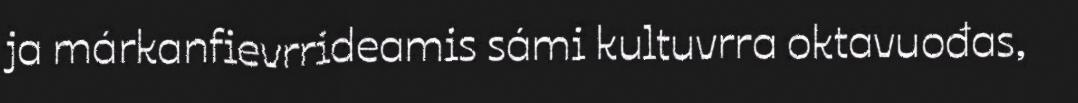
ja márkanfievrrideamis sámi kultuvrra oktavuođas,